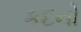
કદનો